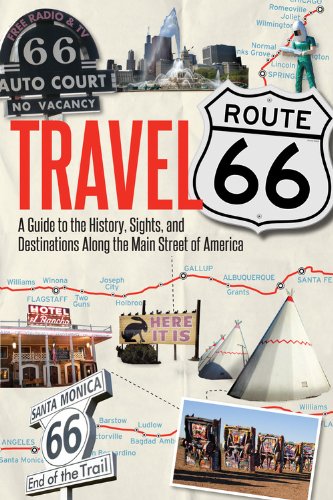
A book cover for Travel Route 66: A Guide to the History, Sights, and Destinations Along the Main Street of America; Jim Hinckley; Arts & Photography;